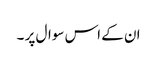
ان کے اس سوال پر ۔